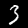
Digit: 3